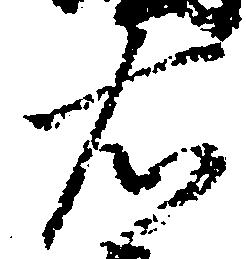
右